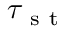
\tau _ { \mathrm { ~ s ~ t ~ } }